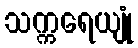
သက္ကရေယျုံ